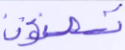
تصنعون